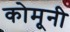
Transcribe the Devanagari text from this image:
कोमूनी